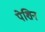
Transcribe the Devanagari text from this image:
पेशिन